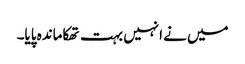
میں نے انہیں بہت تھکاماندہ پایا۔